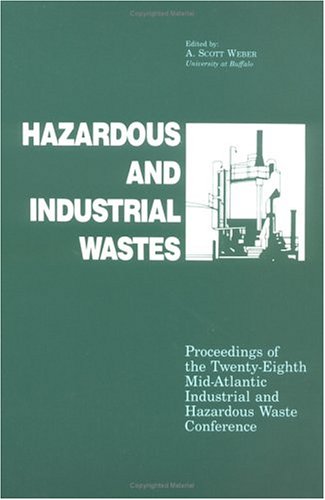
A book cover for Hazardous and Industrial Waste Proceedings, 28th Mid-Atlantic Conference (Mid-Atlantic Industrial Waste Conference//Proceedings); Science & Math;